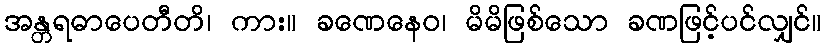
အန္တရဓာပေတီတိ၊ ကား။ ခဏေနေဝ၊ မိမိဖြစ်သော ခဏဖြင့်ပင်လျှင်။